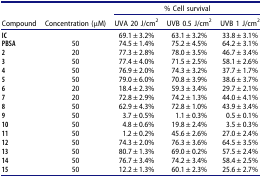
<table><thead><tr><td rowspan="3"><b>Compound</b></td><td rowspan="3"><b>Concentration (μM)</b></td><td colspan="3"><b>% Cell survival</b></td></tr><tr><td><b>UVA 20 J/cm<sup>2</sup></b></td><td><b>UVB 0.5 J/cm<sup>2</sup></b></td><td><b>UVB 1 J/cm<sup>2</sup></b></td></tr></thead><tbody><tr><td><b>IC</b></td><td> </td><td>69.1 ± 3.2%</td><td>63.1 ± 3.2%</td><td>33.8 ± 3.1%</td></tr><tr><td><b>PBSA</b></td><td>50</td><td>74.5 ± 1.4%</td><td>75.2 ± 4.5%</td><td>64.2 ± 3.1%</td></tr><tr><td><b>2</b></td><td>20</td><td>77.3 ± 2.8%</td><td>78.0 ± 3.5%</td><td>46.7 ± 3.4%</td></tr><tr><td><b>3</b></td><td>50</td><td>77.4 ± 4.0%</td><td>71.5 ± 2.5%</td><td>58.1 ± 2.6%</td></tr><tr><td><b>4</b></td><td>50</td><td>76.9 ± 2.0%</td><td>74.3 ± 3.2%</td><td>37.7 ± 1.7%</td></tr><tr><td><b>5</b></td><td>50</td><td>79.0 ± 6.0%</td><td>70.8 ± 3.9%</td><td>38.6 ± 3.7%</td></tr><tr><td><b>6</b></td><td>20</td><td>18.4 ± 2.3%</td><td>59.3 ± 3.4%</td><td>29.7 ± 2.1%</td></tr><tr><td><b>7</b></td><td>20</td><td>72.8 ± 2.9%</td><td>74.2 ± 1.3%</td><td>44.0 ± 4.1%</td></tr><tr><td><b>8</b></td><td>50</td><td>62.9 ± 4.3%</td><td>72.8 ± 1.0%</td><td>43.9 ± 3.4%</td></tr><tr><td><b>9</b></td><td>50</td><td>3.7 ± 0.5%</td><td>1.1 ± 0.3%</td><td>0.5 ± 0.1%</td></tr><tr><td><b>10</b></td><td>50</td><td>4.8 ± 0.6%</td><td>19.8 ± 2.4%</td><td>3.5 ± 0.3%</td></tr><tr><td><b>11</b></td><td>50</td><td>1.2 ± 0.2%</td><td>45.6 ± 2.6%</td><td>27.0 ± 2.4%</td></tr><tr><td><b>12</b></td><td>50</td><td>74.3 ± 2.0%</td><td>76.3 ± 3.6%</td><td>64.5 ± 3.5%</td></tr><tr><td><b>13</b></td><td>50</td><td>80.7 ± 1.3%</td><td>69.0 ± 0.2%</td><td>57.5 ± 2.4%</td></tr><tr><td><b>14</b></td><td>50</td><td>76.7 ± 3.4%</td><td>74.2 ± 3.4%</td><td>58.4 ± 2.5%</td></tr><tr><td><b>15</b></td><td>50</td><td>12.2 ± 1.3%</td><td>60.1 ± 2.3%</td><td>25.6 ± 2.7%</td></tr></tbody></table>